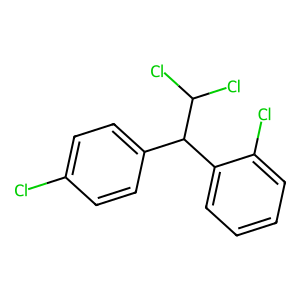
SMILES: Clc1ccc(C(c2ccccc2Cl)C(Cl)Cl)cc1
Inhibits HIV replication: No